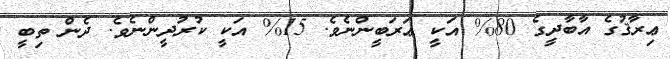
ޢިރާޤުގެ އާބާދީގެ 80% އަކީ ޢަރަބީންނެވެ. 15% އަކީ ކުރުދީންނެވެ. ދެން ތިބީ